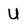
Character: U